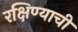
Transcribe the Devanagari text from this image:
रक्षिण्याची